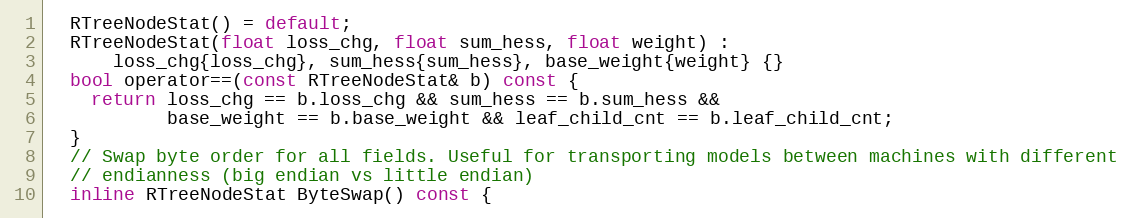
Language: C
  RTreeNodeStat() = default;
  RTreeNodeStat(float loss_chg, float sum_hess, float weight) :
      loss_chg{loss_chg}, sum_hess{sum_hess}, base_weight{weight} {}
  bool operator==(const RTreeNodeStat& b) const {
    return loss_chg == b.loss_chg && sum_hess == b.sum_hess &&
           base_weight == b.base_weight && leaf_child_cnt == b.leaf_child_cnt;
  }
  // Swap byte order for all fields. Useful for transporting models between machines with different
  // endianness (big endian vs little endian)
  inline RTreeNodeStat ByteSwap() const {